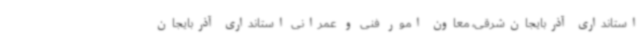
استانداری آذربایجان‌شرقی، معاون امور فنی و عمرانی استانداری آذربایجان